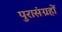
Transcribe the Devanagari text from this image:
पुरासंग्रहों